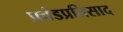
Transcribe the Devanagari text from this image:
प्रचंडप्रतिसाद